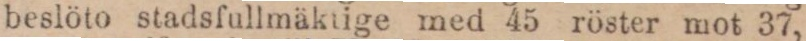
beslöto stadsfullmäktige med 45 röster mot 37,